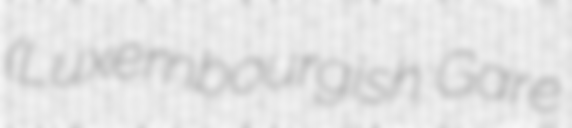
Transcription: (Luxembourgish: Gare